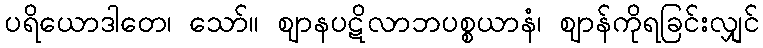
ပရိယောဒါတေ၊ သော်။ ဈာနပဋိလာဘပစ္စယာနံ၊ ဈာန်ကိုရခြင်းလျှင်